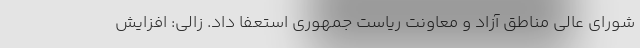
شورای عالی مناطق آزاد و معاونت ریاست جمهوری استعفا داد. زالی: افزایش